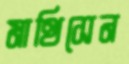
মাথিসেন